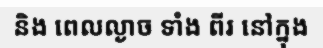
និង ពេលល្ងាច ទាំង ពីរ នៅក្នុង